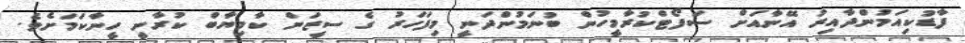
ފާޑުކިއަމުންދާއިރު އޭނާއަށް ސަފޯޓްކުރާމީހުން ބުނަމުންދަނީ މިފަހަރު ގެ ސީޒަން ކާމިޔާބް ކުރާނީ ހީނާކަމަށެވެ.